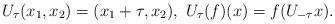
LaTeX: \begin{align*}U_{\tau}(x_1,x_2)=(x_1+\tau,x_2),\ U_{\tau}(f)(x)=f(U_{-\tau}x).\end{align*}